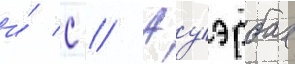
и́ с // Ауэрбах